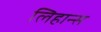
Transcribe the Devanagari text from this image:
लिहान्स